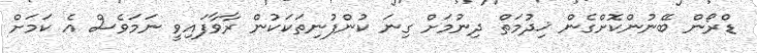
ޑްރޯން ބޭނުންކޮށްގެން ޚިދުމަތް ދިނުމަށް ގިނަ ކުންފުނިތަކަކުން ރާވާފައިވީ ނަމަވެސް އެ ކަމަށް